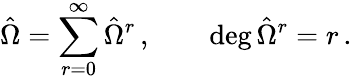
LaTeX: {\hat{\Omega}}=\sum_{r=0}^{\infty}{\hat{\Omega}}^{r}\, ,\qquad\deg{{\hat{\Omega}^{r}}}=r\, .